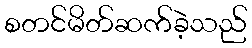
စတင်မိတ်ဆက်ခဲ့သည်